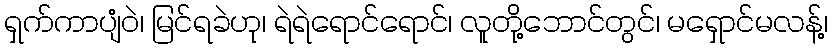
ရှက်ကာပျံဝဲ၊ မြင်ရခဲဟု၊ ရဲရဲရောင်ရောင်၊ လူတို့ဘောင်တွင်၊ မရှောင်မလန့်၊